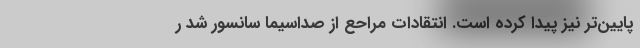
پایین‌تر نیز پیدا کرده است. انتقادات مراحع از صداسیما سانسور شد ر